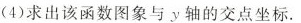
(4)求出该函数图象与y轴的交点坐标.